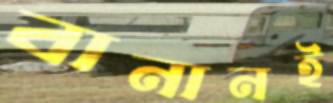
বানানই